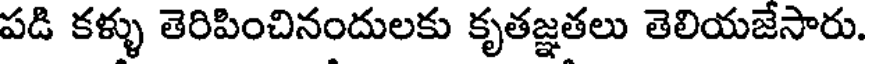
పడి కళ్ళు తెరిపించినందులకు కృతజ్ఞతలు తెలియజేసారు.